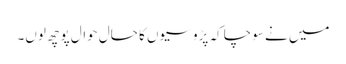
میں نے سوچا کہ پڑوسیوں کا حال حوال پوچھ لوں۔